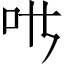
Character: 𱒁